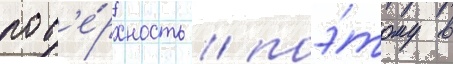
пов'е́рхность / поэ́тому в